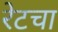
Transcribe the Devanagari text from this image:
रेटचा